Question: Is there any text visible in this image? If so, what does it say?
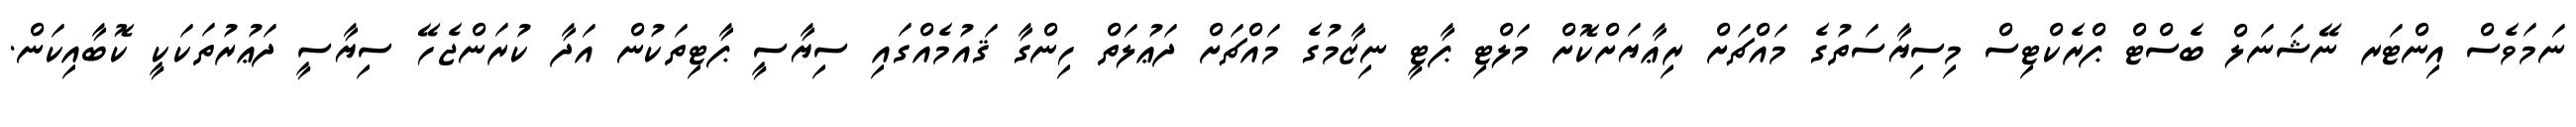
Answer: ނަމަވެސް އިންޓަރ ނޭޝަނަލް ބެސްޓް ޕްރެކްޓިސް މިސިޔާސަތުގެ މައްޗަށް ރިޢާޔަށްކޮށް މަލްޓި ޕާޓީ ނިޒާމުގެ މައްޗަށް ދަޢުލަތް ހިންގާ ޤައުމެއްގައި ސިޔާސީ ޕާޓިތަކުން އަދާ ކުރަންޖެހޭ ސިޔާސީ ދަޢުރުތަކަކީ ކޮބާއިކަން.